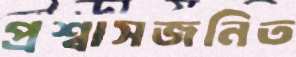
প্রশ্বাসজনিত